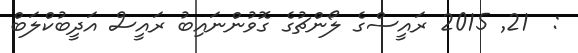
:  21